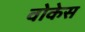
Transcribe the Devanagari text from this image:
वोकेस